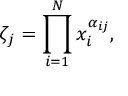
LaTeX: \zeta _ { j } = \prod _ { i = 1 } ^ { N } x _ { i } ^ { \alpha _ { i j } } ,